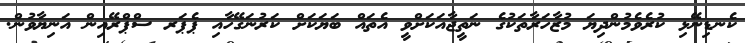
ކެނޑިނޭޅި ކުރެވެމުންދިޔަ މުޒާހަރާތަކުގެ ނަތީޖާއަކަށްވީ އެތައް ބަޔަކަށް ކަރުނަގޭހާއި ޕެޕަރ ސްޕްރޭއިން އަނިޔާވުން.